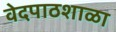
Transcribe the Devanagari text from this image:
वेदपाठशाळा